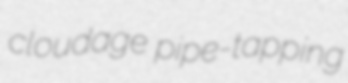
cloudage pipe-tapping